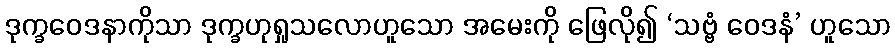
ဒုက္ခဝေဒနာကိုသာ ဒုက္ခဟုရှုသလောဟူသော အမေးကို ဖြေလို၍ ‘သဗ္ဗံ ဝေဒနံ’ ဟူသော